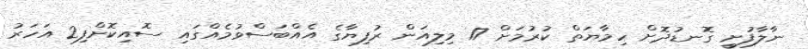
ނާލާފުށީ ގޮނޑުދޮށް ހިމާޔަތް ކުރުމަށް 17 މިލިއަން ރުފިޔާގެ އެއްބަސްވުމެއްގައި ސޮއިކޮށްފި2 އަހަރު